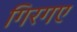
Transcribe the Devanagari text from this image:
गिरगए